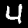
Label: 4